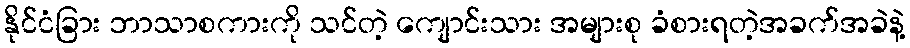
နိုင်ငံခြား ဘာသာစကားကို သင်တဲ့ ကျောင်းသား အများစု ခံစားရတဲ့အခက်အခဲနဲ့